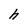
Character: h